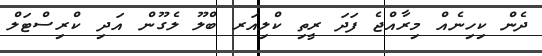
ދެން ކިހިނެއް މިރާއްޖެ ފަދަ ރީތި ކްލިއަރ ބްލޫ ލެގޫން އަދި ކްރިސްޓަލް